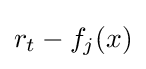
r_{t}-f_{j}(x)